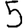
Digit: 5